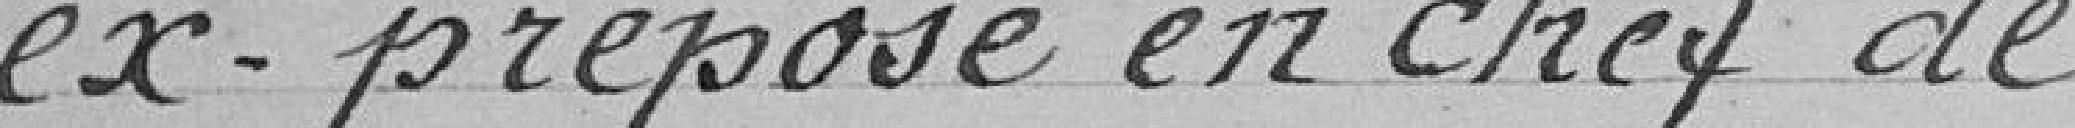
ex-préposé en chef de